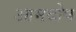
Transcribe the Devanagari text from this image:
आमदोष